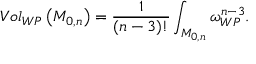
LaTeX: V o l _ { W P } \left( { \cal M } _ { 0 , n } \right) = \frac { 1 } { ( n - 3 ) ! } \int _ { { \cal M } _ { 0 , n } } \omega _ { W P } ^ { n - 3 } .